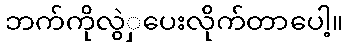
ဘက်ကိုလွဲှပေးလိုက်တာပေါ့။